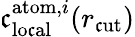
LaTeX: \mathfrak{c}_{\mathrm{{lo\mathfrak{c}al}}}^{\mathrm{{atom}},i}(r_{\mathrm{{\mathfrak{c}ut}}})